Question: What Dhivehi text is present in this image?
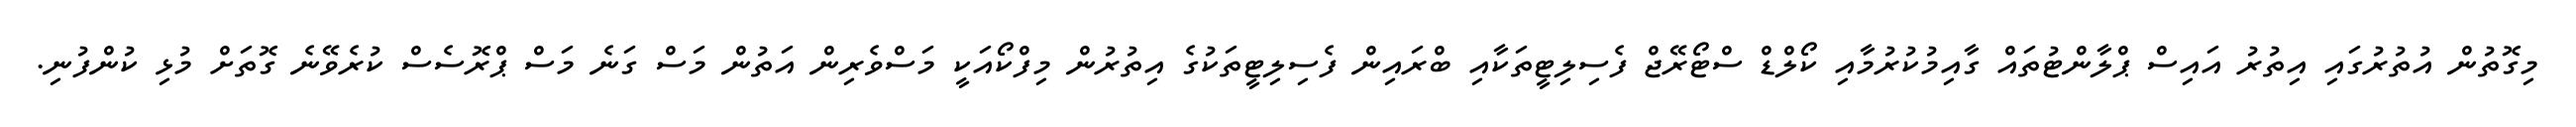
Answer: މިގޮތުން އުތުރުގައި އިތުރު އައިސް ޕްލާންޓުތައް ގާއިމުކުރުމާއި ކޯލްޑް ސްޓޯރޭޖް ފެސިލިޓީތަކާއި ބްރައިން ފެސިލިޓީތަކުގެ އިތުރުން މިފްކޯއަކީ މަސްވެރިން އަތުން މަސް ގަނެ މަސް ޕްރޮސެސް ކުރެވޭނެ ގޮތަށް މުޅި ކުންފުނި.